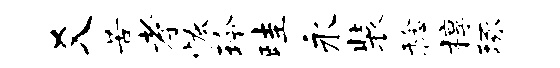
爻苦孝恢玲畦永装稔椁琢